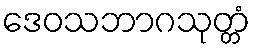
ဒေဝသဘာဂသုတ္တံ